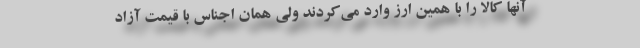
آنها کالا را با همین ارز وارد می‌کردند ولی همان اجناس با قیمت آزاد